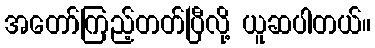
အတော်ကြည့်တတ်ပြီလို့ ယူဆပါတယ်။